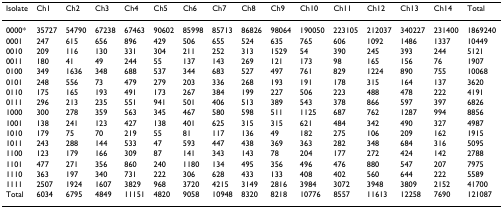
<table><thead><tr><td><b>Isolate</b></td><td><b>Ch1</b></td><td><b>Ch2</b></td><td><b>Ch3</b></td><td><b>Ch4</b></td><td><b>Ch5</b></td><td><b>Ch6</b></td><td><b>Ch7</b></td><td><b>Ch8</b></td><td><b>Ch9</b></td><td><b>Ch10</b></td><td><b>Ch11</b></td><td><b>Ch12</b></td><td><b>Ch13</b></td><td><b>Ch14</b></td><td><b>Total</b></td></tr></thead><tbody><tr><td>0000*</td><td>35727</td><td>54790</td><td>67238</td><td>67463</td><td>90602</td><td>85998</td><td>85713</td><td>86826</td><td>98064</td><td>190050</td><td>223105</td><td>212037</td><td>340227</td><td>231400</td><td>1869240</td></tr><tr><td>0001</td><td>247</td><td>615</td><td>656</td><td>896</td><td>429</td><td>506</td><td>655</td><td>524</td><td>635</td><td>765</td><td>606</td><td>1092</td><td>1486</td><td>1337</td><td>10449</td></tr><tr><td>0010</td><td>209</td><td>116</td><td>130</td><td>331</td><td>304</td><td>211</td><td>252</td><td>313</td><td>1529</td><td>54</td><td>390</td><td>245</td><td>393</td><td>244</td><td>5121</td></tr><tr><td>0011</td><td>180</td><td>41</td><td>49</td><td>244</td><td>55</td><td>137</td><td>143</td><td>269</td><td>121</td><td>173</td><td>98</td><td>165</td><td>156</td><td>76</td><td>1907</td></tr><tr><td>0100</td><td>349</td><td>1636</td><td>348</td><td>688</td><td>537</td><td>344</td><td>683</td><td>527</td><td>497</td><td>761</td><td>829</td><td>1224</td><td>890</td><td>755</td><td>10068</td></tr><tr><td>0101</td><td>248</td><td>556</td><td>73</td><td>479</td><td>279</td><td>203</td><td>336</td><td>268</td><td>193</td><td>191</td><td>178</td><td>315</td><td>164</td><td>137</td><td>3620</td></tr><tr><td>0110</td><td>175</td><td>165</td><td>193</td><td>491</td><td>173</td><td>267</td><td>384</td><td>199</td><td>227</td><td>506</td><td>223</td><td>488</td><td>478</td><td>222</td><td>4191</td></tr><tr><td>0111</td><td>296</td><td>213</td><td>235</td><td>551</td><td>941</td><td>501</td><td>406</td><td>513</td><td>389</td><td>543</td><td>378</td><td>866</td><td>597</td><td>397</td><td>6826</td></tr><tr><td>1000</td><td>300</td><td>278</td><td>359</td><td>563</td><td>345</td><td>467</td><td>580</td><td>598</td><td>511</td><td>1125</td><td>687</td><td>762</td><td>1287</td><td>994</td><td>8856</td></tr><tr><td>1001</td><td>138</td><td>241</td><td>123</td><td>427</td><td>138</td><td>401</td><td>625</td><td>315</td><td>315</td><td>621</td><td>484</td><td>342</td><td>490</td><td>327</td><td>4987</td></tr><tr><td>1010</td><td>179</td><td>75</td><td>70</td><td>219</td><td>55</td><td>81</td><td>117</td><td>136</td><td>49</td><td>182</td><td>275</td><td>106</td><td>209</td><td>162</td><td>1915</td></tr><tr><td>1011</td><td>243</td><td>288</td><td>144</td><td>533</td><td>47</td><td>593</td><td>447</td><td>438</td><td>369</td><td>363</td><td>282</td><td>348</td><td>684</td><td>316</td><td>5095</td></tr><tr><td>1100</td><td>123</td><td>179</td><td>166</td><td>309</td><td>87</td><td>141</td><td>343</td><td>143</td><td>78</td><td>204</td><td>177</td><td>272</td><td>424</td><td>142</td><td>2788</td></tr><tr><td>1101</td><td>477</td><td>271</td><td>356</td><td>860</td><td>240</td><td>1180</td><td>134</td><td>495</td><td>356</td><td>496</td><td>476</td><td>880</td><td>547</td><td>207</td><td>7975</td></tr><tr><td>1110</td><td>363</td><td>197</td><td>340</td><td>731</td><td>222</td><td>306</td><td>628</td><td>433</td><td>133</td><td>408</td><td>402</td><td>560</td><td>644</td><td>222</td><td>5589</td></tr><tr><td>1111</td><td>2507</td><td>1924</td><td>1607</td><td>3829</td><td>968</td><td>3720</td><td>4215</td><td>3149</td><td>2816</td><td>3984</td><td>3072</td><td>3948</td><td>3809</td><td>2152</td><td>41700</td></tr><tr><td>Total</td><td>6034</td><td>6795</td><td>4849</td><td>11151</td><td>4820</td><td>9058</td><td>10948</td><td>8320</td><td>8218</td><td>10776</td><td>8557</td><td>11613</td><td>12258</td><td>7690</td><td>121087</td></tr></tbody></table>